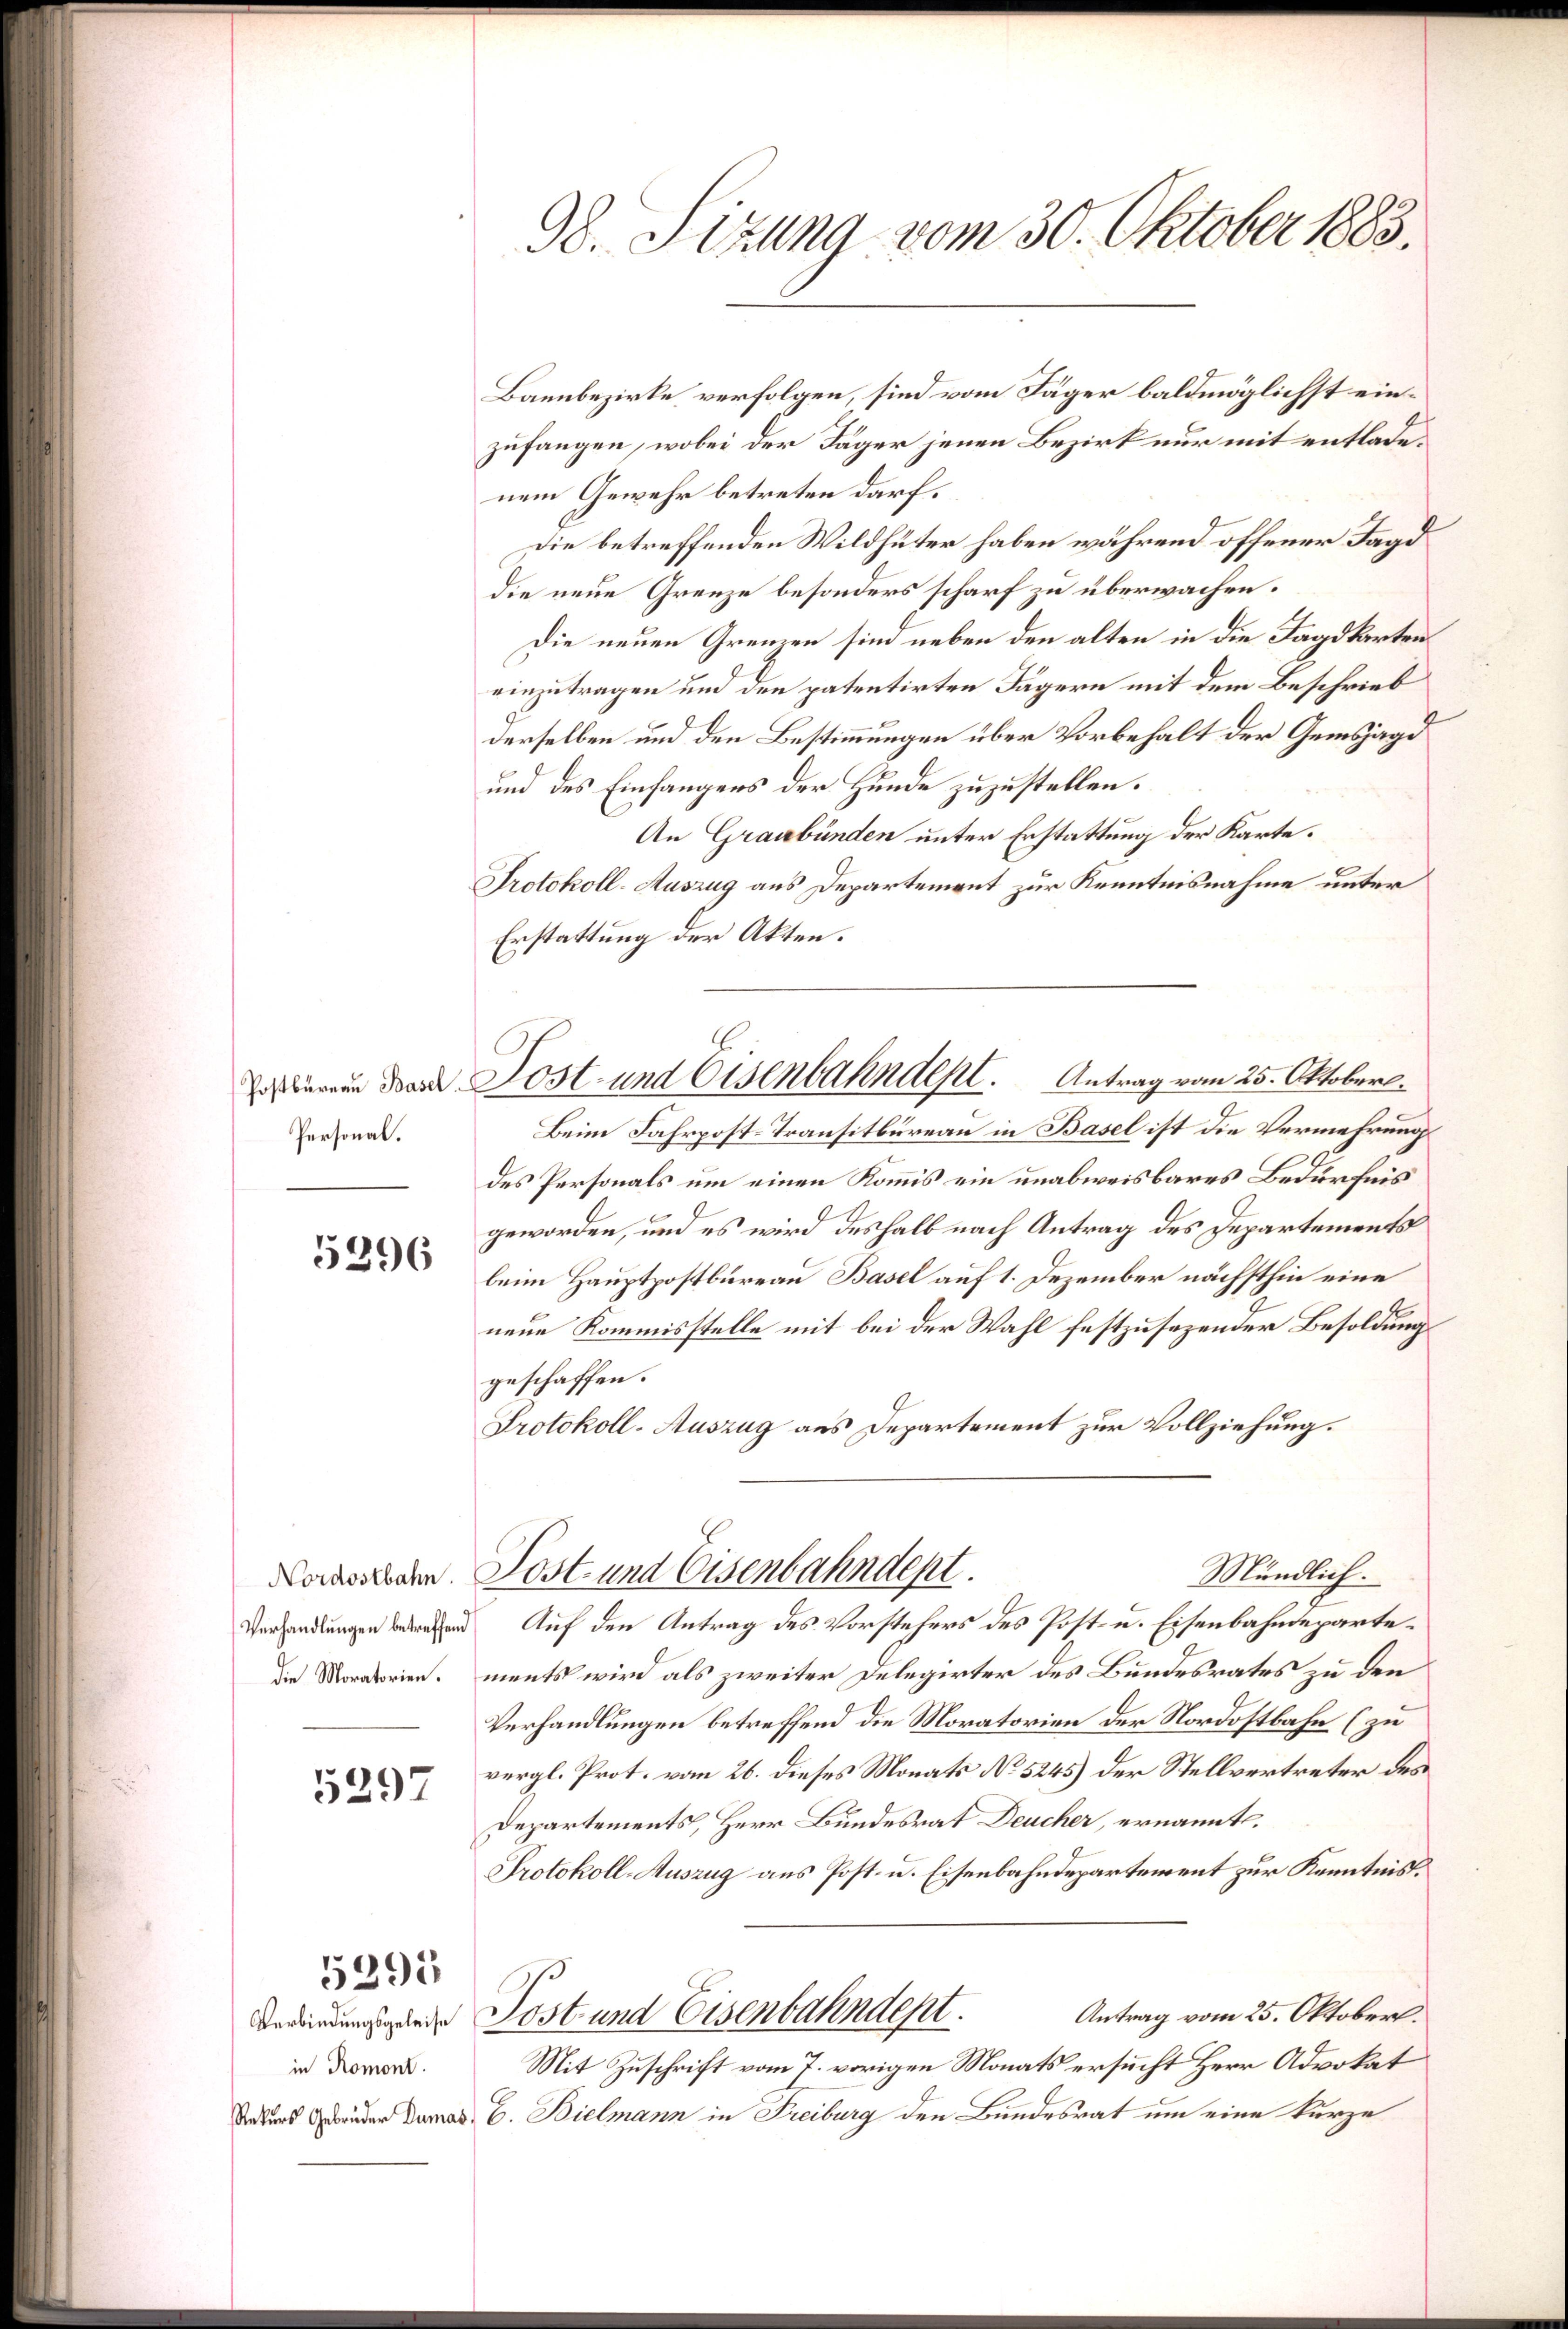
Postbüreaŭ Basel.
Personal.

5396

Verhandlungen betreffend

5297

I.
1395

Verbindungsgeleise
in Romont.

98. Sizung vom 30. Oktober 1883.

Bannbezirke verfolgen, sind vom Jäger baldmöglichst einzufangen, wobei der Täger jenen Bezirk nur mit entladenem Gewehr betreten darf.
Die betreffenden Wildhüter haben während offener Jagd
die neue Grenze besonders scharf zu überwachen.
Die neuen Grenzen sind neben den alten in die Jagdkarten
einzutragen und den patentirten Jägern mit dem Beschrieb
derselben und den Bestimmungen über Vorbehalt der Gemsjagd
und des Einfangens der Hunde zuzustellen.
An Graubünden unter Erstattung der Karte¬
Protokoll-Auszug aus Departement zur Kenntnisnahme unter
Erstattung der Akten.
Lost- und Eisenbahndept. Antrag vom 25. Oktober.
Beim Fahrpost-Transitbureau in Basel ist die Vermehrung
des Personals um einen Kommis ein unabweisbares Bedürfnis
geworden, und es wird deshalb nach Antrag des Departements
beim Hauptpostbureau Basel auf 1. Dezember nächsthin eine
neue Kommisstelle mit bei der Wahl festzusezender Besoldungs
geschaffen.
Protokoll-Auszug aus Departement zur Vollziehung.
Mündlich.
Nordostbaren. Sost- und Eisenbahndept.
Auf den Antrag des Vorstehers des Post- u. Eisenbahndepartedie Moratorien ments wird als zweiter Delegirter des Bundesrates zu den
Verhandlungen betreffend die Moratorien der Nordostbahn (zu
vergl. Prot. vom 26. dieses Monats No 5245) der Stellvertreter des
Departements, Herr Bundesrat Deucher, ernannt.
Protokoll-Auszug aus Post- u. Eisenbahndepartement zur Kenntnis.
Antrag vom 25. Oktober.
Post und Eisenbahndept.
Mit Zuschrift vom 7. vorigen Monats ersucht Herr Advokat
Adlers Gebrüder Damad. C. Bielmann in Freiburg den Bundesrat um eine kurze